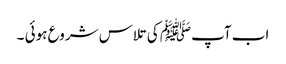
اب آپﷺ کی تلاس شروع ہوئی ۔